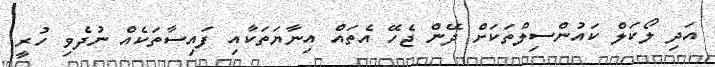
އަދި ލޯކަލް ކައުންސިލްތަކަށް ދޭން ޖެހޭ އެތައް އިނާޔަތަކާއި ފައިސާތަކެއް ނުދެވި ހުރީ